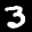
Label: 3